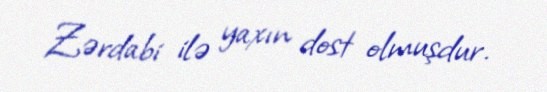
Zərdabi ilə yaxın dost olmuşdur.